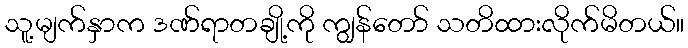
သူ့မျက်နှာက ဒဏ်ရာတချို့ကို ကျွန်တော် သတိထားလိုက်မိတယ်။